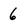
Character: 6